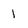
Character: 1